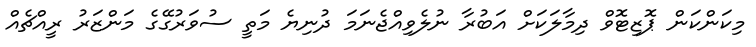
މިކަންކަން ޕޮޒިޓޮވް ދިމާލަކަށް އަބުރާ ނުލެވިއްޖެނަމަ ދުނިޔެ މަތީ ސުވަރުގޭގެ މަންޒަރު ރީއްޗެއް